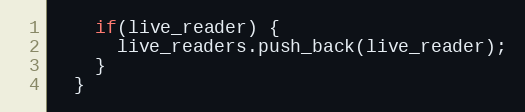
Language: C++
    if(live_reader) {
      live_readers.push_back(live_reader);
    }
  }